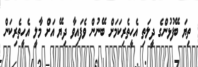
ތިޔަ ބޭފުޅުންގެ ދީލަތި އެހީތެރިކަމަށް ބޭނުން ވެފައިވާ ދިޔޭ އަށް މާލީ އެހީތެރިކަން